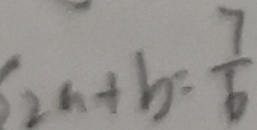
2 a + b = \frac { 7 } { 6 }